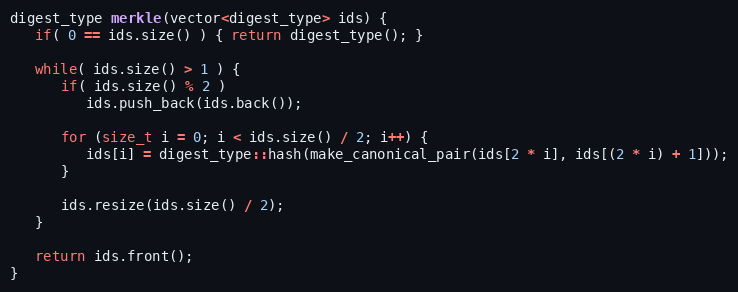
Language: C++
digest_type merkle(vector<digest_type> ids) {
   if( 0 == ids.size() ) { return digest_type(); }

   while( ids.size() > 1 ) {
      if( ids.size() % 2 )
         ids.push_back(ids.back());

      for (size_t i = 0; i < ids.size() / 2; i++) {
         ids[i] = digest_type::hash(make_canonical_pair(ids[2 * i], ids[(2 * i) + 1]));
      }

      ids.resize(ids.size() / 2);
   }

   return ids.front();
}